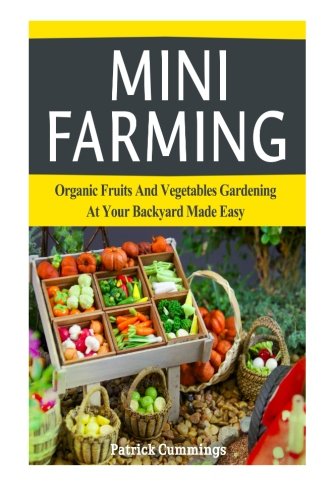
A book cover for Mini Farming: Organic Fruits And Vegetables Gardening At Your Backyard Made Easy (Mini Farming, Organic Gardening, Vegetables Fruit); Patrick Cummings; Crafts, Hobbies & Home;